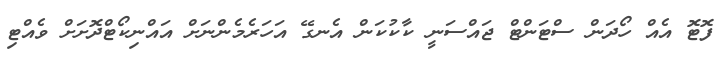
ފޮޓޮ އެއް ހޯދަން ސްޓަންޓް ޖައްސަނީ ކާކުކަން އެނގޭ އަހަރެމެންނަށް އައްނިކޯޓްދޮށަށް ވެއްޓި